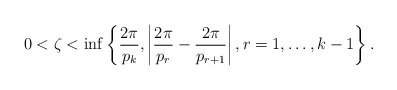
\begin{align*} 0<\zeta<\inf\left\{\frac{2\pi}{p_k},\left\vert \frac{2\pi}{p_r}-\frac{2\pi}{p_{r+1}}\right\vert, r=1,\ldots, k-1\right\}.\end{align*}